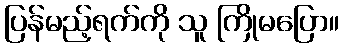
ပြန်မည့်ရက်ကို သူ ကြိုမပြော။